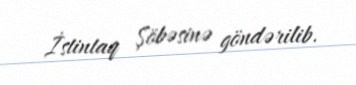
İstintaq Şöbəsinə göndərilib.